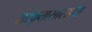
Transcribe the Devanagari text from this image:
संस्कृतासारख्या